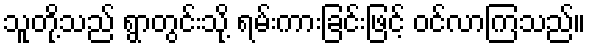
သူတို့သည် ရွာတွင်းသို့ ရမ်းကားခြင်းဖြင့် ဝင်လာကြသည်။